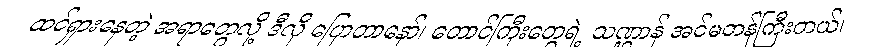
ထင်ရှားနေတဲ့ အရာတွေလို့ ဒီလို ပြောတာနော်၊ တောင်ကြီးတွေရဲ့ သဏ္ဌာန် အင်မတန်ကြီးတယ်၊